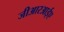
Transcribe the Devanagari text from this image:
जीआरआईए